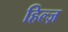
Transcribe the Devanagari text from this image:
हिल्ज़